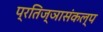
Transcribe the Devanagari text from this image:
प्रतिज्ञासंकल्प